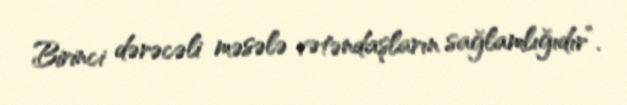
Birinci dərəcəli məsələ vətəndaşların sağlamlığıdır”.